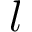
l